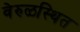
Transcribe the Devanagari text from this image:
वेरुळस्थित